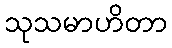
သုသမာဟိတာ